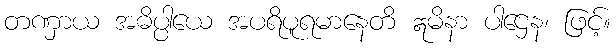
တဏှာယ အဓိပ္ပါယေ အပရိပူရမာနေတိ ဣမိနာ ပါဌေန၊ ဖြင့်။